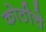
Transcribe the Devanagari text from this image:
कोठीचे